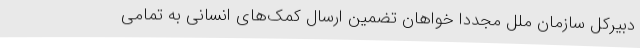
دبیرکل سازمان ملل مجدداً خواهان تضمین ارسال کمک‌های انسانی به تمامی